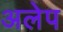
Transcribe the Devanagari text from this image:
अलेप